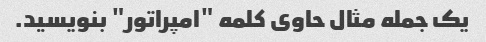
یک جمله مثال حاوی کلمه "امپراتور" بنویسید.